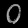
Digit: ၀